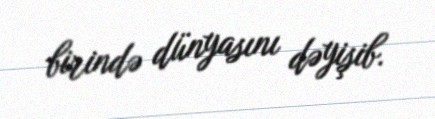
birində dünyasını dəyişib.